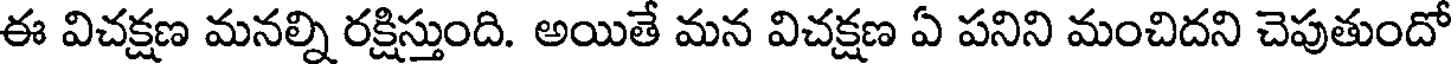
ఈ విచక్షణ మనల్ని రక్షిస్తుంది. అయితే మన విచక్షణ ఏ పనిని మంచిదని చెపుతుందో